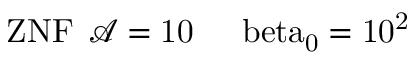
\mathrm { { Z N F } \: \: \mathcal { A } = 1 0 \: \: \: \: \: \ b e t a _ { 0 } = 1 0 ^ { 2 } }